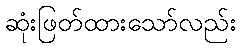
ဆုံးဖြတ်ထားသော်လည်း